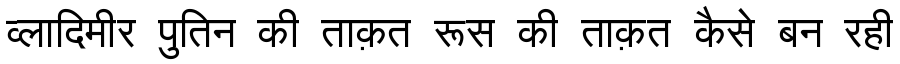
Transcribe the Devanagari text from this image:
व्लादिमीर पुतिन की ताक़त रूस की ताक़त कैसे बन रही